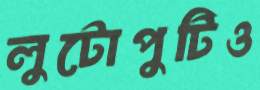
লুটোপুটিও